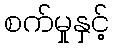
စက်မှုနှင့်